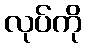
လုပ်ကို